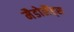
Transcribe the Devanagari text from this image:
मैडोलैंड्स